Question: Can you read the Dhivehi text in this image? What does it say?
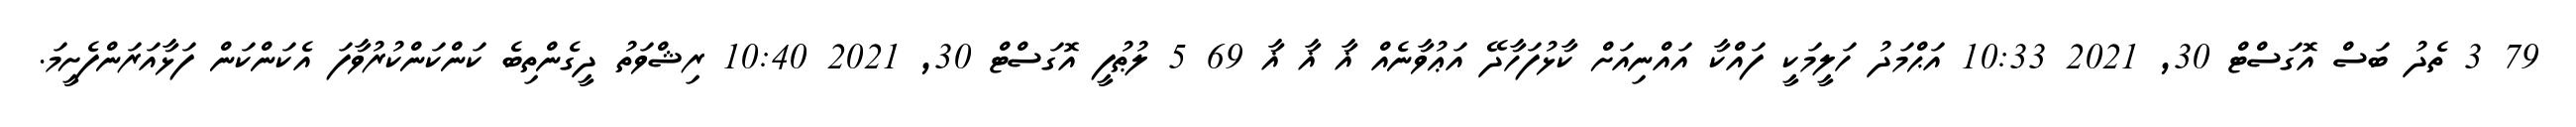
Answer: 79 3 ތެދު ބަސް އޮގަސްޓް 30, 2021 10:33 އަޙްމަދު ހަލީމަކީ ފައްކާ އައްނިއަށް ކާޅުފަހާދޭ އަޢުވާނެއް ޣާ ޣާ ޣާ 69 5 ލުޠުފީ އޮގަސްޓް 30, 2021 10:40 ރިޝްވަތު ދީގެންތިބެ ކަންކަންކުރުވާފަ އެކަންކަން ފަޅާއަރަންފެށީމަ.